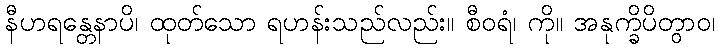
နီဟရန္တေနာပိ၊ ထုတ်သော ရဟန်းသည်လည်း။ စီဝရံ၊ ကို။ အနုက္ခိပိတွာဝ၊